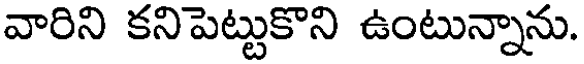
వారిని కనిపెట్టుకొని ఉంటున్నాను.